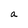
Character: a